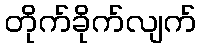
တိုက်ခိုက်လျက်